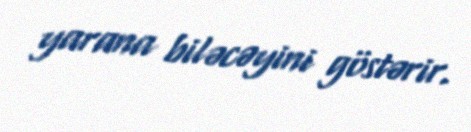
yarana biləcəyini göstərir.